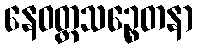
နေဝတ္တသဉ္စေတနာ